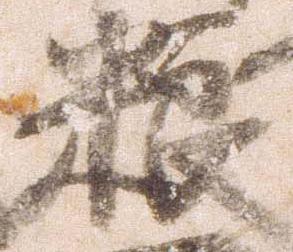
狼